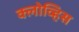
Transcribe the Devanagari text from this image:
क्लोव्हिस